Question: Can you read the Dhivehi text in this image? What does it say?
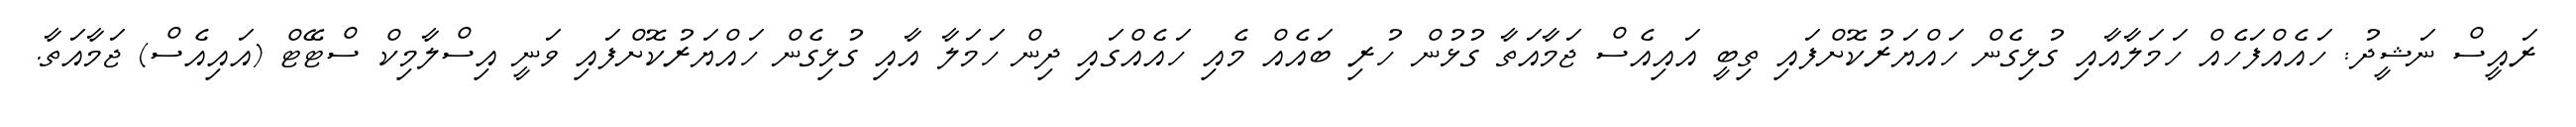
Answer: ރައީސް ނަޝީދު: ހައެއްފަހެއް ހަމަލާއާއި ގުޅިގެން ހައްޔަރުކޮށްފައި ތިބީ އައިއެސް ޖަމާއަތާ ގުޅުން ހުރި ބައެއް މެއި ހައެއްގައި ދިން ހަމަލާ އާއި ގުޅިގެން ހައްޔަރުކޮށްފައި ވަނީ އިސްލާމިކް ސްޓޭޓް (އައިއެސް) ޖަމާއަތާ.